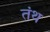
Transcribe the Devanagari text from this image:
तंथ